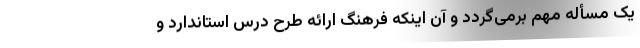
یک مسأله مهم برمی‌گردد و آن اینکه فرهنگ ارائه طرح درس استاندارد و